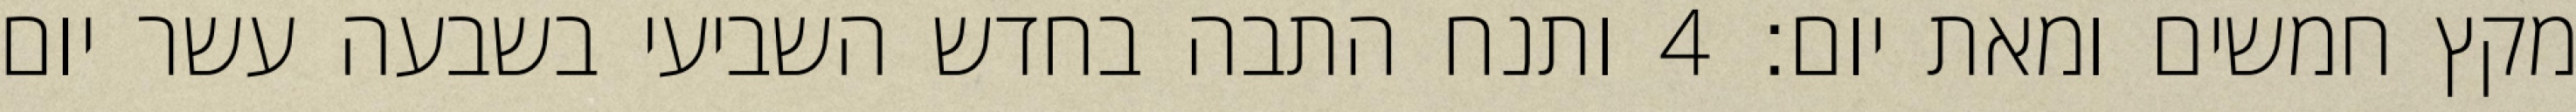
מקץ חמשים ומאת יום׃ ‎4‏ ותנח התבה בחדש השביעי בשבעה עשר יום